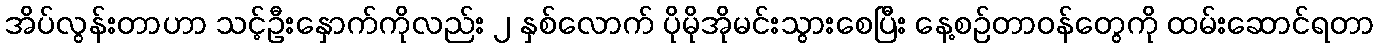
အိပ်လွန်းတာဟာ သင့်ဦးနှောက်ကိုလည်း ၂ နှစ်လောက် ပိုမိုအိုမင်းသွားစေပြီး နေ့စဉ်တာဝန်တွေကို ထမ်းဆောင်ရတာ